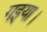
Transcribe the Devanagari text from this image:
गइया।